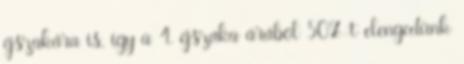
éjszakára is, így a 4. éjszaka árából 50%-t elengedünk